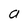
Character: a